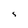
Character: s